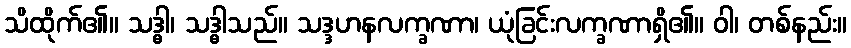
သိထိုက်၏။ သဒ္ဓါ၊ သဒ္ဓါသည်။ သဒ္ဒဟနလက္ခဏာ၊ ယုံခြင်းလက္ခဏာရှိ၏။ ဝါ၊ တစ်နည်း။